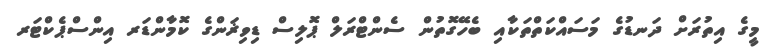
މީގެ އިތުރަށް ދަނޑުގެ މަސައްކަތްތަކާއި ބެހޭގޮތުން ސެންޓްރަލް ޕޮލިސް ޑިވިޜަންގެ ކޮމާންޑަރ އިންސްޕެކްޓަރ